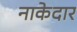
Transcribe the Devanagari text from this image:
नाकेदार